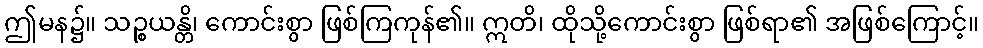
ဤမန၌။ သဉ္စယန္တိ၊ ကောင်းစွာ ဖြစ်ကြကုန်၏။ ဣတိ၊ ထိုသို့ကောင်းစွာ ဖြစ်ရာ၏ အဖြစ်ကြောင့်။